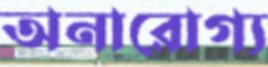
অনারোগ্য